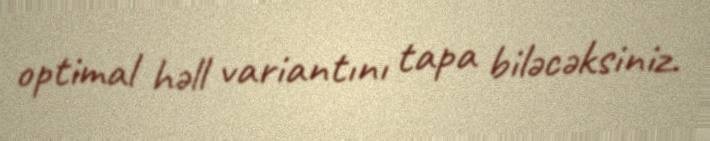
optimal həll variantını tapa biləcəksiniz.